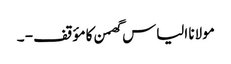
مولانا الیاس گھمن کا مؤقف - ۔